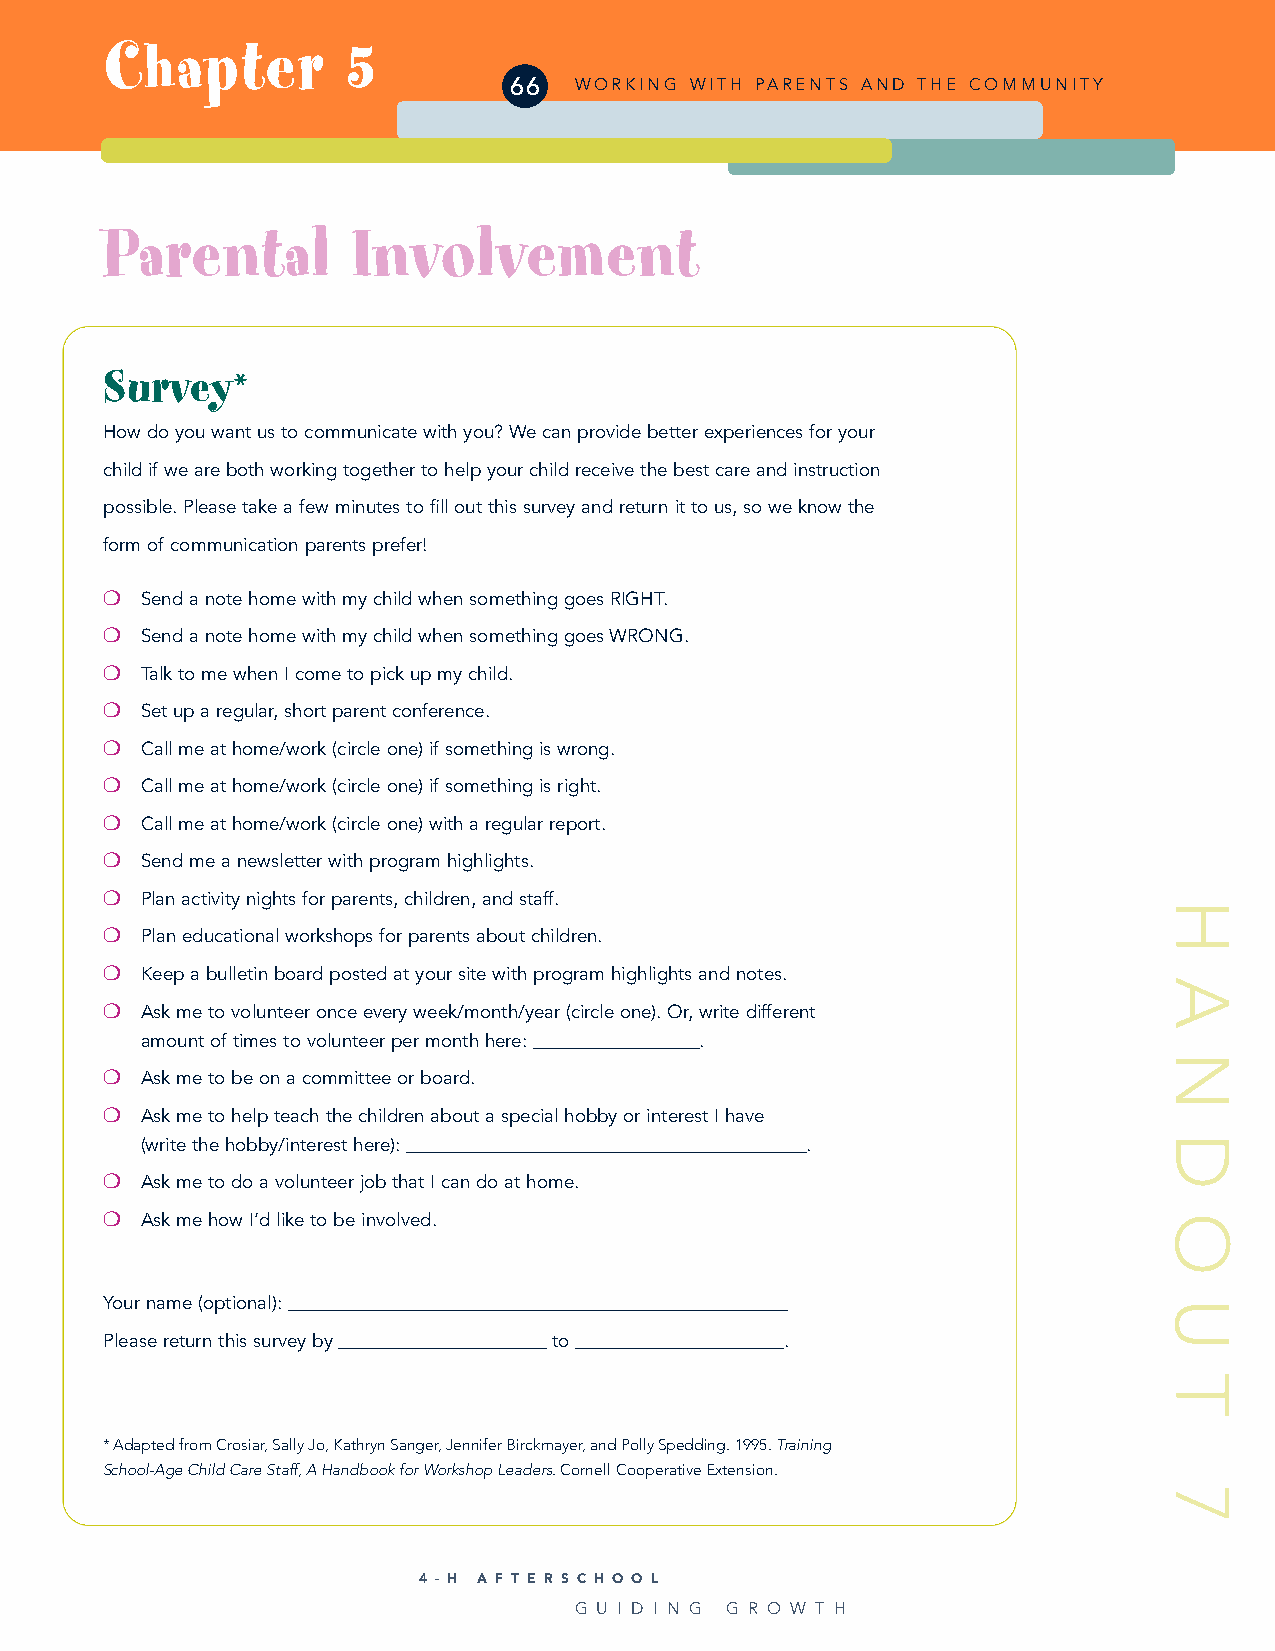
Chapter         5
 66  WORKING WITH PARENTS AND THE COMMUNITY
 Parental        Involvement
 Survey*
 How do you want us to communicate with you? We can provide better experiences for your
 child if we are both working together to help your child receive the best care and instruction
 possible. Please take a few minutes to fill out this survey and return it to us, so we know the
 form of communication parents prefer!
 ❍
 Send a note home with my child when something goes RIGHT.
 ❍
 Send a note home with my child when something goes WRONG.
 ❍
 Talk to me when I come to pick up my child.
 ❍
 Set up a regular, short parent conference.
 ❍
 Call me at home/work (circle one) if something is wrong.
 ❍
 Call me at home/work (circle one) if something is right.
 ❍
 Call me at home/work (circle one) with a regular report.
 ❍
 Send me a newsletter with program highlights.
 ❍
 Plan activity nights for parents, children, and staff.
 ❍
 Plan educational workshops for parents about children.
 ❍
 Keep a bulletin board posted at your site with program highlights and notes.
 ❍
 Ask me to volunteer once every week/month/year (circle one). Or, write different
 amount of times to volunteer per month here: ____________________.
 ❍
 Ask me to be on a committee or board.
 ❍
 Ask me to help teach the children about a special hobby or interest I have
 (write the hobby/interest here): ________________________________________________.
 ❍
 Ask me to do a volunteer job that I can do at home.
 ❍
 Ask me how I’d like to be involved.
 Your name (optional): ____________________________________________________________
 Please return this survey by _________________________to _________________________.
 * Adapted from Crosiar, Sally Jo, Kathryn Sanger, Jennifer Birckmayer, and Polly Spedding. 1995. Training
 School-Age Child Care Staff, A Handbook for Workshop Leaders. Cornell Cooperative Extension.
 4 - H A F T E R S C H O O L
 G U I D I N G G R O W T H
 H
 A
 N
 D
 O
 U
 T
 7